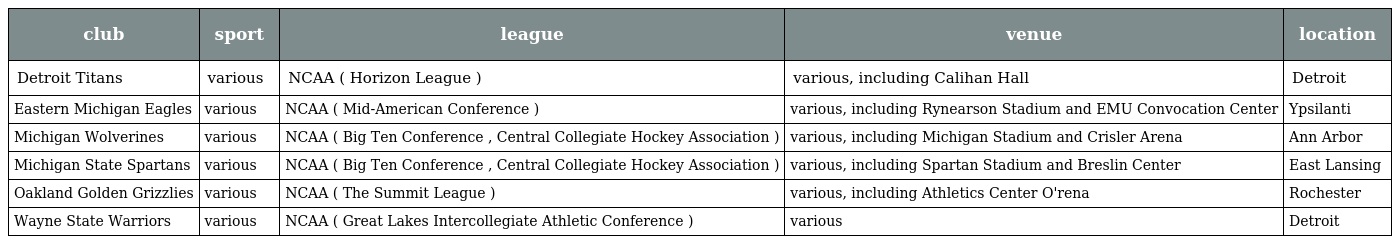
| club | sport | league | venue | location |
 | --- | --- | --- | --- | --- |
 | Detroit Titans | various | NCAA ( Horizon League ) | various, including Calihan Hall | Detroit |
 | Eastern Michigan Eagles | various | NCAA ( Mid-American Conference ) | various, including Rynearson Stadium and EMU Convocation Center | Ypsilanti |
 | Michigan Wolverines | various | NCAA ( Big Ten Conference , Central Collegiate Hockey Association ) | various, including Michigan Stadium and Crisler Arena | Ann Arbor |
 | Michigan State Spartans | various | NCAA ( Big Ten Conference , Central Collegiate Hockey Association ) | various, including Spartan Stadium and Breslin Center | East Lansing |
 | Oakland Golden Grizzlies | various | NCAA ( The Summit League ) | various, including Athletics Center O'rena | Rochester |
 | Wayne State Warriors | various | NCAA ( Great Lakes Intercollegiate Athletic Conference ) | various | Detroit |